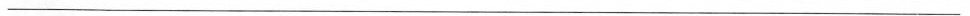
___